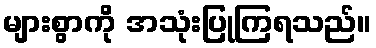
များစွာကို အသုံးပြုကြရသည်။